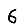
Digit: 6